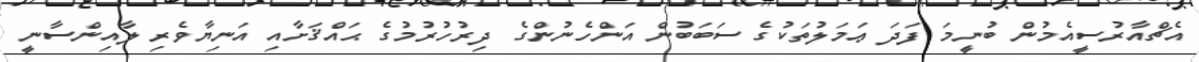
އެޗްއާރުސީއެމުން ބުނީމަ ފަދަ ޢަމަލުތަކުގެ ސަބަބުން އަންހެނުންގެ ދިރުހުރުމުގެ ޙައްޤަށާއި އަނިޔާވެރި ލާއިންސާނީ